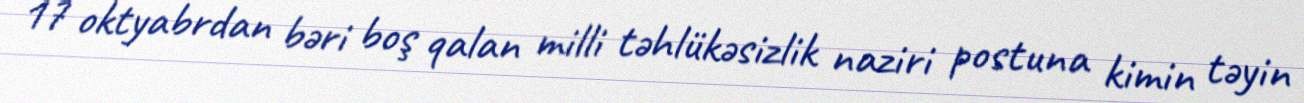
17 oktyabrdan bəri boş qalan milli təhlükəsizlik naziri postuna kimin təyin